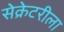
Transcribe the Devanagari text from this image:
सेक्रेटरीला